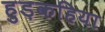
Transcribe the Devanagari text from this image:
हुड़कहिया